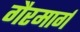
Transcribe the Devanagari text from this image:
गैरमार्ग